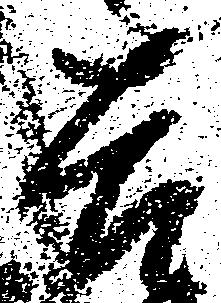
吉